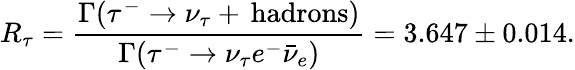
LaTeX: R_{\tau}=\frac{\Gamma(\tau^{-}\to\nu_{\tau}+\, \mathrm{hadrons)}}{\Gamma(\tau^{-}\to\nu_{\tau}e^{-}\bar{\nu}_{e})}=3.647\pm 0.014.